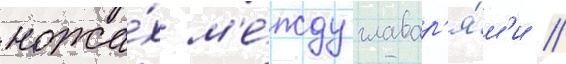
ножа́х м'е́жду главар'я́м'и //